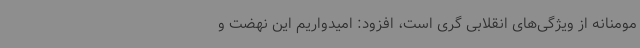
مومنانه از ویژگی‌های انقلابی گری است، افزود: امیدواریم این نهضت و